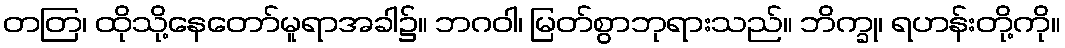
တတြ၊ ထိုသို့နေတော်မူရာအခါ၌။ ဘဂဝါ၊ မြတ်စွာဘုရားသည်။ ဘိက္ခု၊ ရဟန်းတို့ကို။